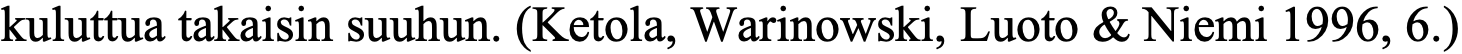
kuluttua takaisin suuhun. (Ketola, Warinowski, Luoto & Niemi 1996, 6.)